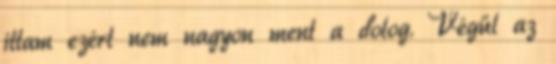
ittam ezért nem nagyon ment a dolog. Végül az